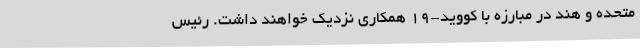
متحده و هند در مبارزه با کووید-۱۹ همکاری نزدیک خواهند داشت. رئیس